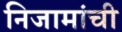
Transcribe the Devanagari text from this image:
निजामांची